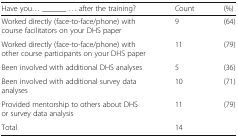
| Have you... ______ ... after the training? | Count | (%) |
 | --- | --- | --- |
 | Worked directly (face-to-face/phone) with course facilitators on your DHS paper | 9 | (64) |
 | Worked directly (face-to-face/phone) with other course participants on your DHS paper | 11 | (79) |
 | Been involved with additional DHS analyses | 5 | (36) |
 | Been involved with additional survey data analyses | 10 | (71) |
 | Provided mentorship to others about DHS or survey data analysis | 11 | (79) |
 | Total | 14 |  |